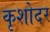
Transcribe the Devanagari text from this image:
कृशोदर